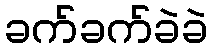
ခက်ခက်ခဲခဲ